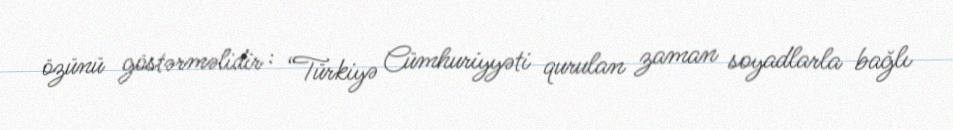
özünü göstərməlidir : “Türkiyə Cümhuriyyəti qurulan zaman soyadlarla bağlı